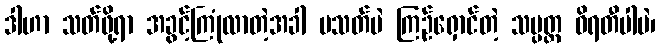
ဒါဟာ သတ်ဖို့ရာ အခွင့်ကြုံလာတဲ့အခါ မသတ်ပဲ ကြဉ်ရှောင်တဲ့ သမ္ပတ္တ ဝိရတီပါပဲ၊